Vaccination in Burma 1920-1933 - 1920-1933
Year: 1920
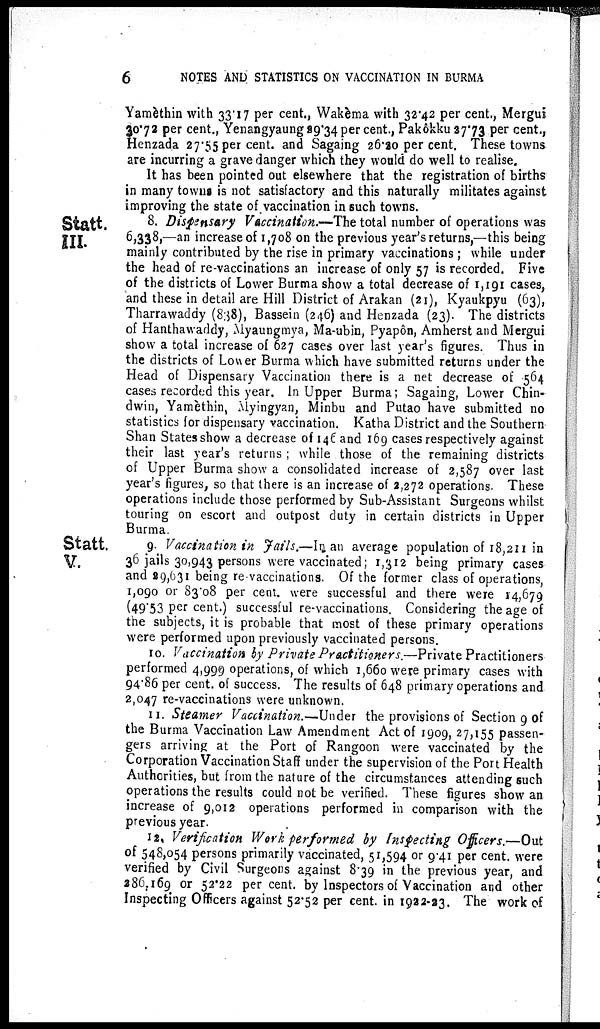
6
NOTES AND STATISTICS ON VACCINATION IN BURMA
Yamèthin with 33.17 per cent., Wakèma with 32.42 per cent., Mergui
30.72 per cent., Yenangyaung 29.34 per cent. Pakôkku 27.73 per cent.,
Henzada 27.55 per cent. and Sagaing 26.20 per cent. These towns
are incurring a grave danger which they would do well to realise.
It has been pointed out elsewhere that the registration of births
in many towns is not satisfactory and this naturally militates against
improving the state of vaccination in such towns.
Statt.
III.
8. Dispensary Vaccination.—The total number of operations was
6,338,—an increase of 1,708 on the previous year's returns,—this being
mainly contributed by the rise in primary vaccinations ; while under
the head of re-vaccinations an increase of only 57 is recorded. Five
of the districts of Lower Burma show a total decrease of 1,191 cases,
and these in detail are Hill District of Arakan (21), Kyaukpyu (63),
Tharrawaddy (838), Bassein (246) and Henzada (23). The districts
of Hanthawaddy, Myaungmya, Ma-ubin, Pyapôn, Amherst and Mergui
show a total increase of 627 cases over last year's figures. Thus in
the districts of Lower Burma which have submitted returns under the
Head of Dispensary Vaccination there is a net decrease of 564
cases recorded this year. In Upper Burma; Sagaing, Lower Chin-
dwin, Yamèthin, Myingyan, Minbu and Putao have submitted no
statistics for dispensary vaccination. Katha District and the Southern
Shan States show a decrease of 146 and 169 cases respectively against
their last year's returns ; while those of the remaining districts
of Upper Burma show a consolidated increase of 2,587 over last
year's figures, so that there is an increase of 2,272 operations. These
operations include those performed by Sub-Assistant Surgeons whilst
touring on escort and outpost duty in certain districts in Upper
Burma.
Statt.
V.
9. Vaccination in Jails.—In an average population of 18,211 in
36 jails 30,943 persons were vaccinated; 1,312 being primary cases
and 29,631 being re-vaccinations. Of the former class of operations,
1,090 or 83.08 per cent. were successful and there were 14,679
(49.53 per cent.) successful re-vaccinations. Considering the age of
the subjects, it is probable that most of these primary operations
were performed upon previously vaccinated persons.
10. Vaccination by Private Practitioners.—Private Practitioners
performed 4,999 operations, of which 1,660 were primary cases with
94.86 per cent. of success. The results of 648 primary operations and
2,047 re-vaccinations were unknown.
11. Steamer Vaccination.—Under the provisions of Section 9 of
the Burma Vaccination Law Amendment Act of 1909, 27,155 passen-
gers arriving at the Port of Rangoon were vaccinated by the
Corporation Vaccination Staff under the supervision of the Port Health
Authorities, but from the nature of the circumstances attending such
operations the results could not be verified. These figures show an
increase of 9,012 operations performed in comparison with the
previous year.
12. Verification Work performed by Inspecting Officers.—Out
of 548,054 persons primarily vaccinated, 51,594 or 9.41 per cent. were
verified by Civil Surgeons against 8.39 in the previous year, and
286,169 or 52.22 per cent. by Inspectors of Vaccination and other
Inspecting Officers against 52.52 per cent. in 1922-23. The work of